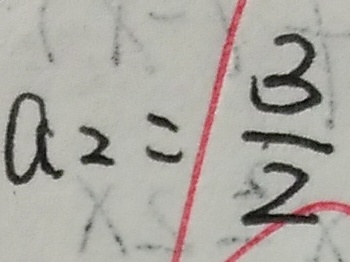
a _ { 2 } = \frac { 2 } { 3 }